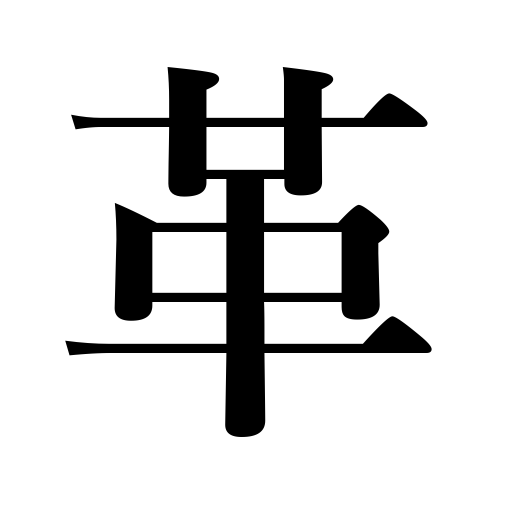
Meanings: tanned leather,bark,leather,hide,husk,peeling,pelt,skin,shell,cream,film,fur